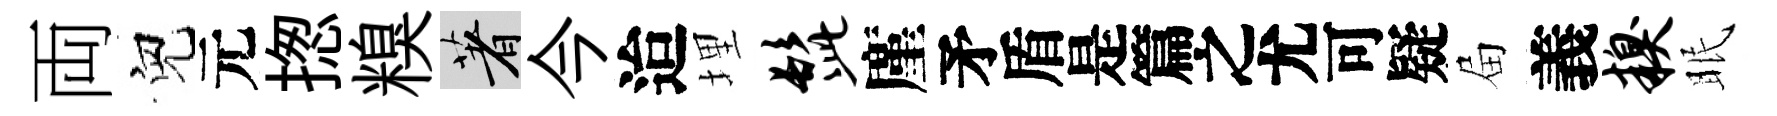
両兒元揔糗著今迨埋髭廑待屇義糗眠